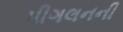
પીગલનની